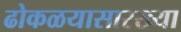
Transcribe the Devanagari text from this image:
ढोकळयासारख्या